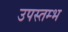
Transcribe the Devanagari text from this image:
उपस्तम्भ